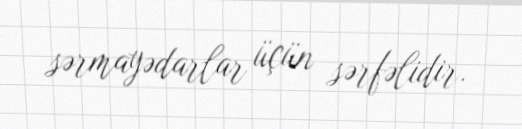
sərmayədarlar üçün sərfəlidir.